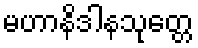
မဟာနိဒါနသုတ္တေ